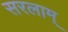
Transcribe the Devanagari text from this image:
सरलाम्